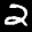
Label: 2